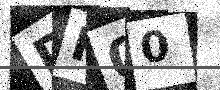
Text: DK00